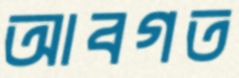
আবগত